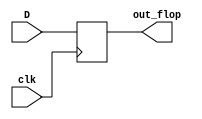
`timescale 1ns/100ps
module FLOP(
    output reg out_flop, 
    input D,
    input clk);

    always  @(posedge clk) 
        begin
            out_flop <= D;
        end
endmodule